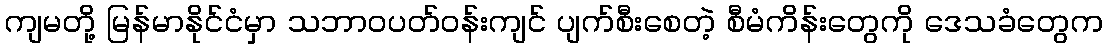
ကျမတို့ မြန်မာနိုင်ငံမှာ သဘာဝပတ်ဝန်းကျင် ပျက်စီးစေတဲ့ စီမံကိန်းတွေကို ဒေသခံတွေက